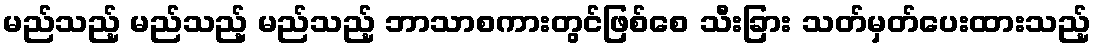
မည်သည့် မည်သည့် မည်သည့် ဘာသာစကားတွင်ဖြစ်စေ သီးခြား သတ်မှတ်ပေးထားသည့်